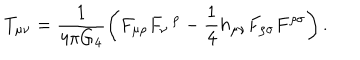
LaTeX: T _ { \mu \nu } = \frac { 1 } { 4 \pi G _ { 4 } } \left( F _ { \mu \rho } F _ { \nu } \, ^ { \rho } - \frac { 1 } { 4 } h _ { \mu \nu } F _ { \rho \sigma } F ^ { \rho \sigma } \right) .